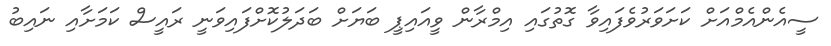
ސީއެންއެމްއަށް ކަށަވަރުވެފައިވާ ގޮތުގައި އިމްރާން ވީއައިޕީ ބަޔަށް ބަދަލުކޮށްފައިވަނީ ރައީސް ކަމަށާއި ނައިބު